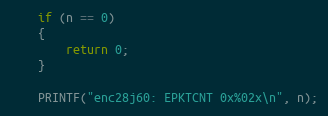
Language: C++
    if (n == 0)
    {
        return 0;
    }

    PRINTF("enc28j60: EPKTCNT 0x%02x\n", n);